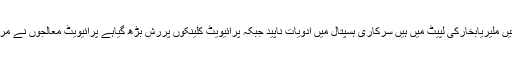
جس کے باعث پیٹ،معدہ کے امراض اورملیریابخاروبائی شکل اختیارکرگیابچے ،جوان،بوڑھے ،عورتیں ملیریابخارکی لپیٹ میں ہیں سرکاری ہسپتال میں ادویات ناپید جبکہ پرائیویٹ کلینکوں پررش بڑھ گیاہے پرائیویٹ معالجوں نے مریضوں کی چمڑی ادھیڑکررکھ دی ہے اوراپنی چاندی دونوں ہاتھ سے کھری کرنے میں مصروف ہیں ۔